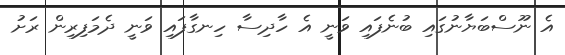
އެ ނޫސްބަޔާނުގައި ބުނެފައި ވަނީ އެ ހާދިސާ ހިނގާފައި ވަނީ ދެމަފިރިން ރަށު